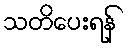
သတိပေးရန်